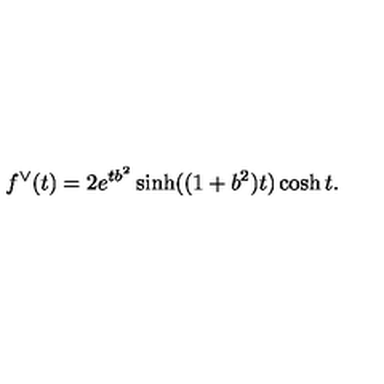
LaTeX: f ^ { \vee } ( t ) = 2 e ^ { t b ^ { 2 } } \sinh ( ( 1 + b ^ { 2 } ) t ) \cosh t .